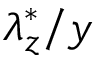
\lambda _ { z } ^ { * } / y